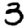
Digit: 3